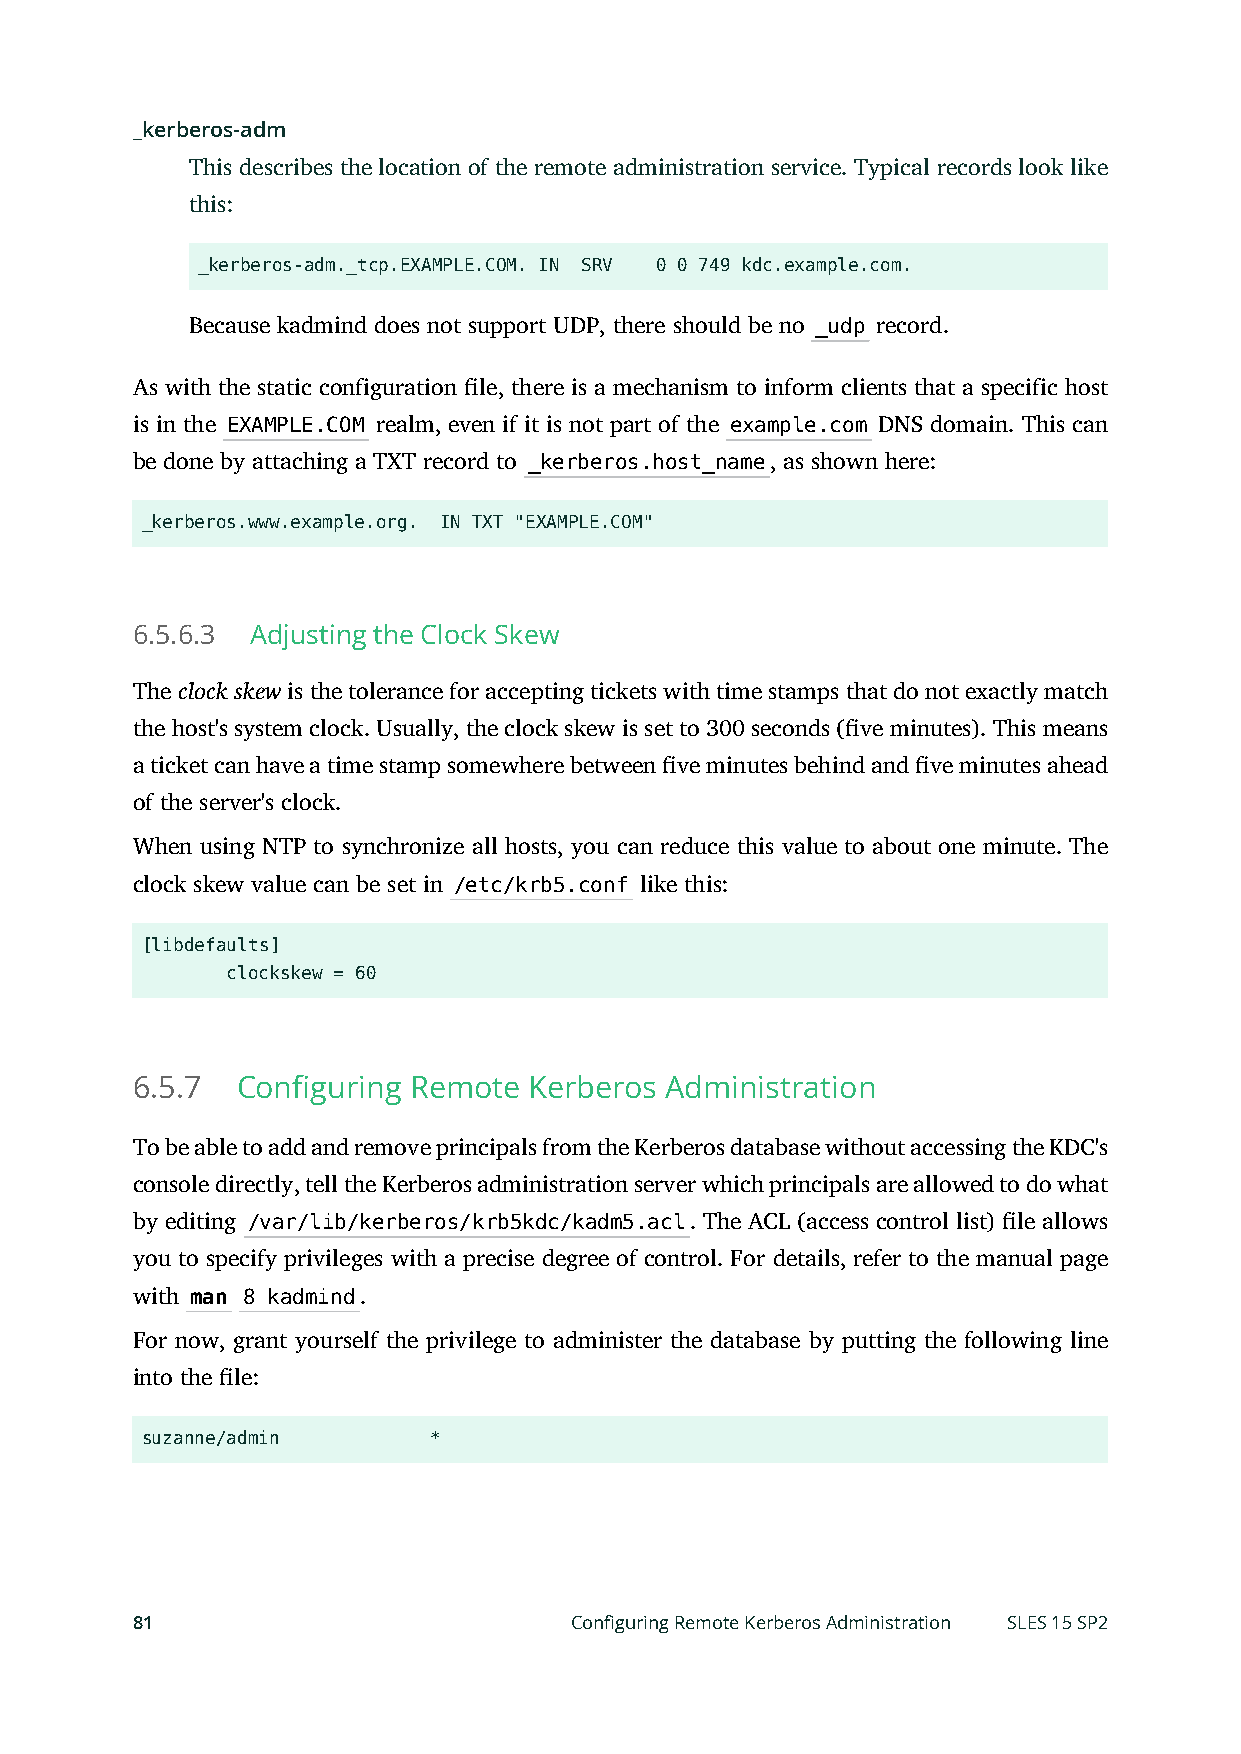
_kerberos-adm
 This describes the location of the remote administration service. Typical records look like
 this:
 _kerberos-adm._tcp.EXAMPLE.COM. IN SRV 0 0 749 kdc.example.com.
 Because kadmind does not support UDP, there should be no _udp record.
 As with the static configuration le, there is a mechanism to inform clients that a specific host
 is in the EXAMPLE.COM realm, even if it is not part of the example.com DNS domain. This can
 be done by attaching a TXT record to _kerberos.host_name, as shown here:
 _kerberos.www.example.org. IN TXT "EXAMPLE.COM"
 6.5.6.3 Adjusting the Clock Skew
 The clock skew is the tolerance for accepting tickets with time stamps that do not exactly match
 the host's system clock. Usually, the clock skew is set to 300 seconds (ve minutes). This means
 a ticket can have a time stamp somewhere between ve minutes behind and ve minutes ahead
 of the server's clock.
 When using NTP to synchronize all hosts, you can reduce this value to about one minute. The
 clock skew value can be set in /etc/krb5.conf like this:
 [libdefaults]
 clockskew = 60
 6.5.7  Configuring Remote Kerberos Administration
 To be able to add and remove principals from the Kerberos database without accessing the KDC's
 console directly, tell the Kerberos administration server which principals are allowed to do what
 by editing /var/lib/kerberos/krb5kdc/kadm5.acl. The ACL (access control list) le allows
 you to specify privileges with a precise degree of control. For details, refer to the manual page
 with man 8 kadmind.
 For now, grant yourself the privilege to administer the database by putting the following line
 into the le:
 suzanne/admin      *
 81                           Configuring Remote Kerberos Administration SLES 15 SP2